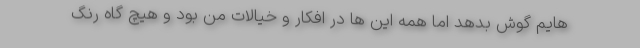
هایم گوش بدهد اما همه این ها در افکار و خیالات من بود و هیچ گاه رنگ